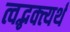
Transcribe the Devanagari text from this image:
त्वद्भक्त्यर्थं